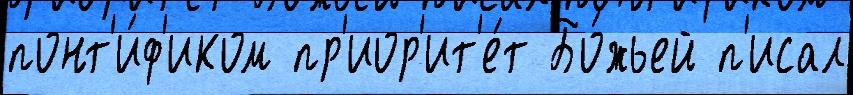
понт'и́ф'иком пр'иор'ит'е́т Бо́жьей п'исал